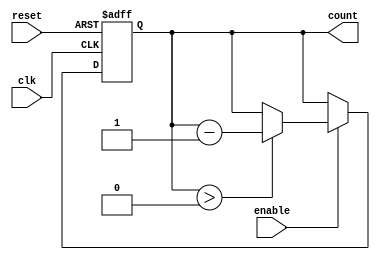
module down_counter (
    input wire clk,        // Clock signal
    input wire enable,     // Enable signal
    input wire reset,      // Reset signal
    output reg [N-1:0] count // Counter output
);
    parameter N = 8; // Define the width of the counter (e.g., 8 bits for counting from 255 to 0)

    // Maximum value of the counter
    localparam MAX_COUNT = (1 << N) - 1; // 2^N - 1

    // Asynchronous reset
    always @(posedge clk or posedge reset) begin
        if (reset) begin
            count <= MAX_COUNT; // Reset to maximum value
        end else if (enable) begin
            if (count > 0) begin
                count <= count - 1; // Decrement the counter
            end
            // If count is 0, it holds the value (no decrement)
        end
    end

    // Initialize the counter to MAX_COUNT at the start
    initial begin
        count = MAX_COUNT; // Set initial value to maximum count
    end
endmodule